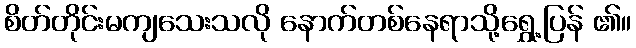
စိတ်တိုင်းမကျသေးသလို နောက်တစ်နေရာသို့ရွှေ့ပြန် ၏။